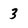
Character: 3